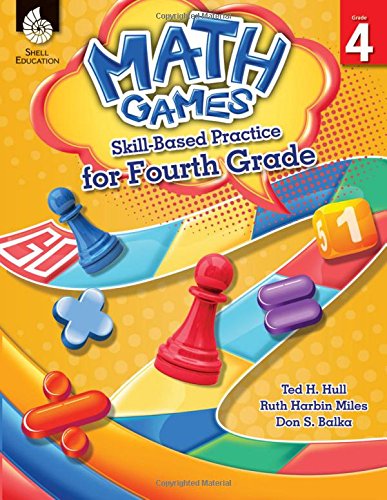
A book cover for Skill-Based Practice for Fourth Grade (Math Games); Ted Hull; Humor & Entertainment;